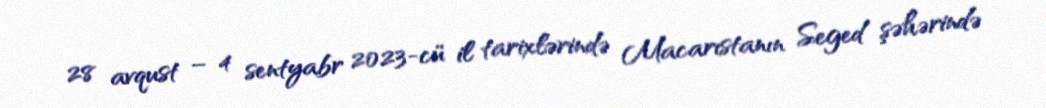
28 avqust – 4 sentyabr 2023-cü il tarixlərində Macarıstanın Seged şəhərində